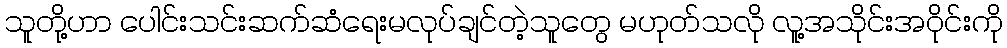
သူတို့ဟာ ပေါင်းသင်းဆက်ဆံရေးမလုပ်ချင်တဲ့သူတွေ မဟုတ်သလို လူ့အသိုင်းအဝိုင်းကို